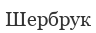
Шербрук